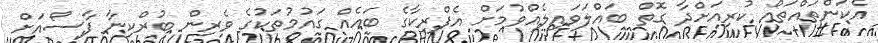
އެކަންތައްތައް ކުރިއަށްދާ ގޮތް ބައްލަވައިލެއްވުމަށް އެފްރިކާގެ ބައެއް ގައުމުތަކުގެ ވެރިން ބުރްކިނާ ފާސޯއަށް